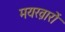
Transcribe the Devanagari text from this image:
मयख़ारों